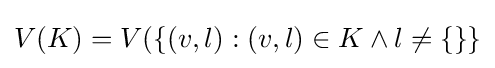
V(K)=V(\{(v,l):(v,l)\in K\land l\neq \{\}\}